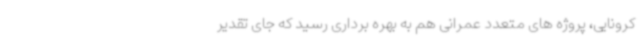
کرونایی، پروژه های متعدد عمرانی هم به بهره برداری رسید که جای تقدیر